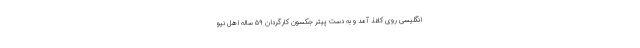
انگلیسی روی کاغذ آمد و به دست پیتر جکسون کارگردان ۵۹ ساله اهل نیو